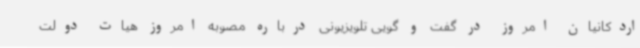
اردکانیان امروز در گفت و گویی تلویزیونی درباره مصوبه امروز هیات دولت